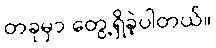
တခုမှာ တွေ့ရှိခဲ့ပါတယ်။